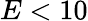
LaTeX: E<10